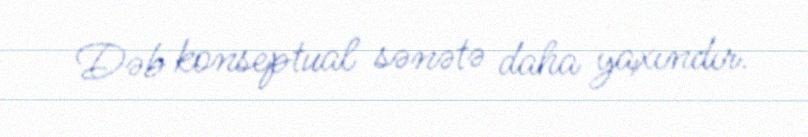
Dəb konseptual sənətə daha yaxındır.